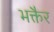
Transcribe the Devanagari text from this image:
भक्तैर